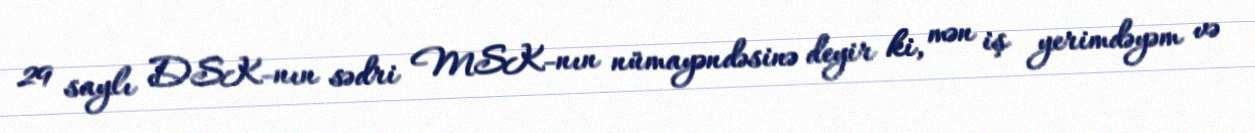
29 saylı DSK-nın sədri MSK-nın nümayəndəsinə deyir ki, mən iş yerimdəyəm və